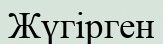
Жүгірген